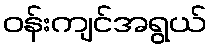
ဝန်းကျင်အရွယ်